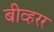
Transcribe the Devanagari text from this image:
बीव्हरर